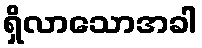
ရှိလာသောအခါ